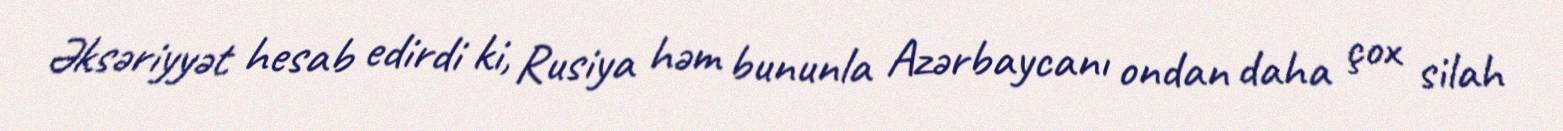
Əksəriyyət hesab edirdi ki, Rusiya həm bununla Azərbaycanı ondan daha çox silah